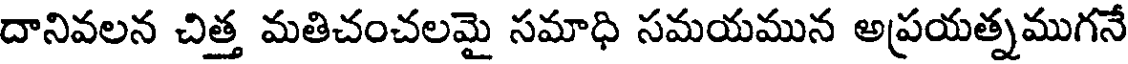
దానివలన చిత్త మతిచంచలమై సమాధి సమయమున అప్రయత్నముగనే